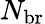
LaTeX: N_{\mathrm{br}}